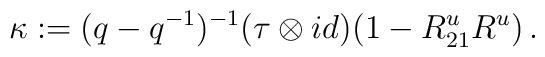
\kappa:= (q-q^{-1})^{-1} (\tau \otimes id) (1 - R^u_{21}R^u)\,.